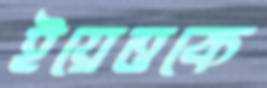
ইয়েত্তকে